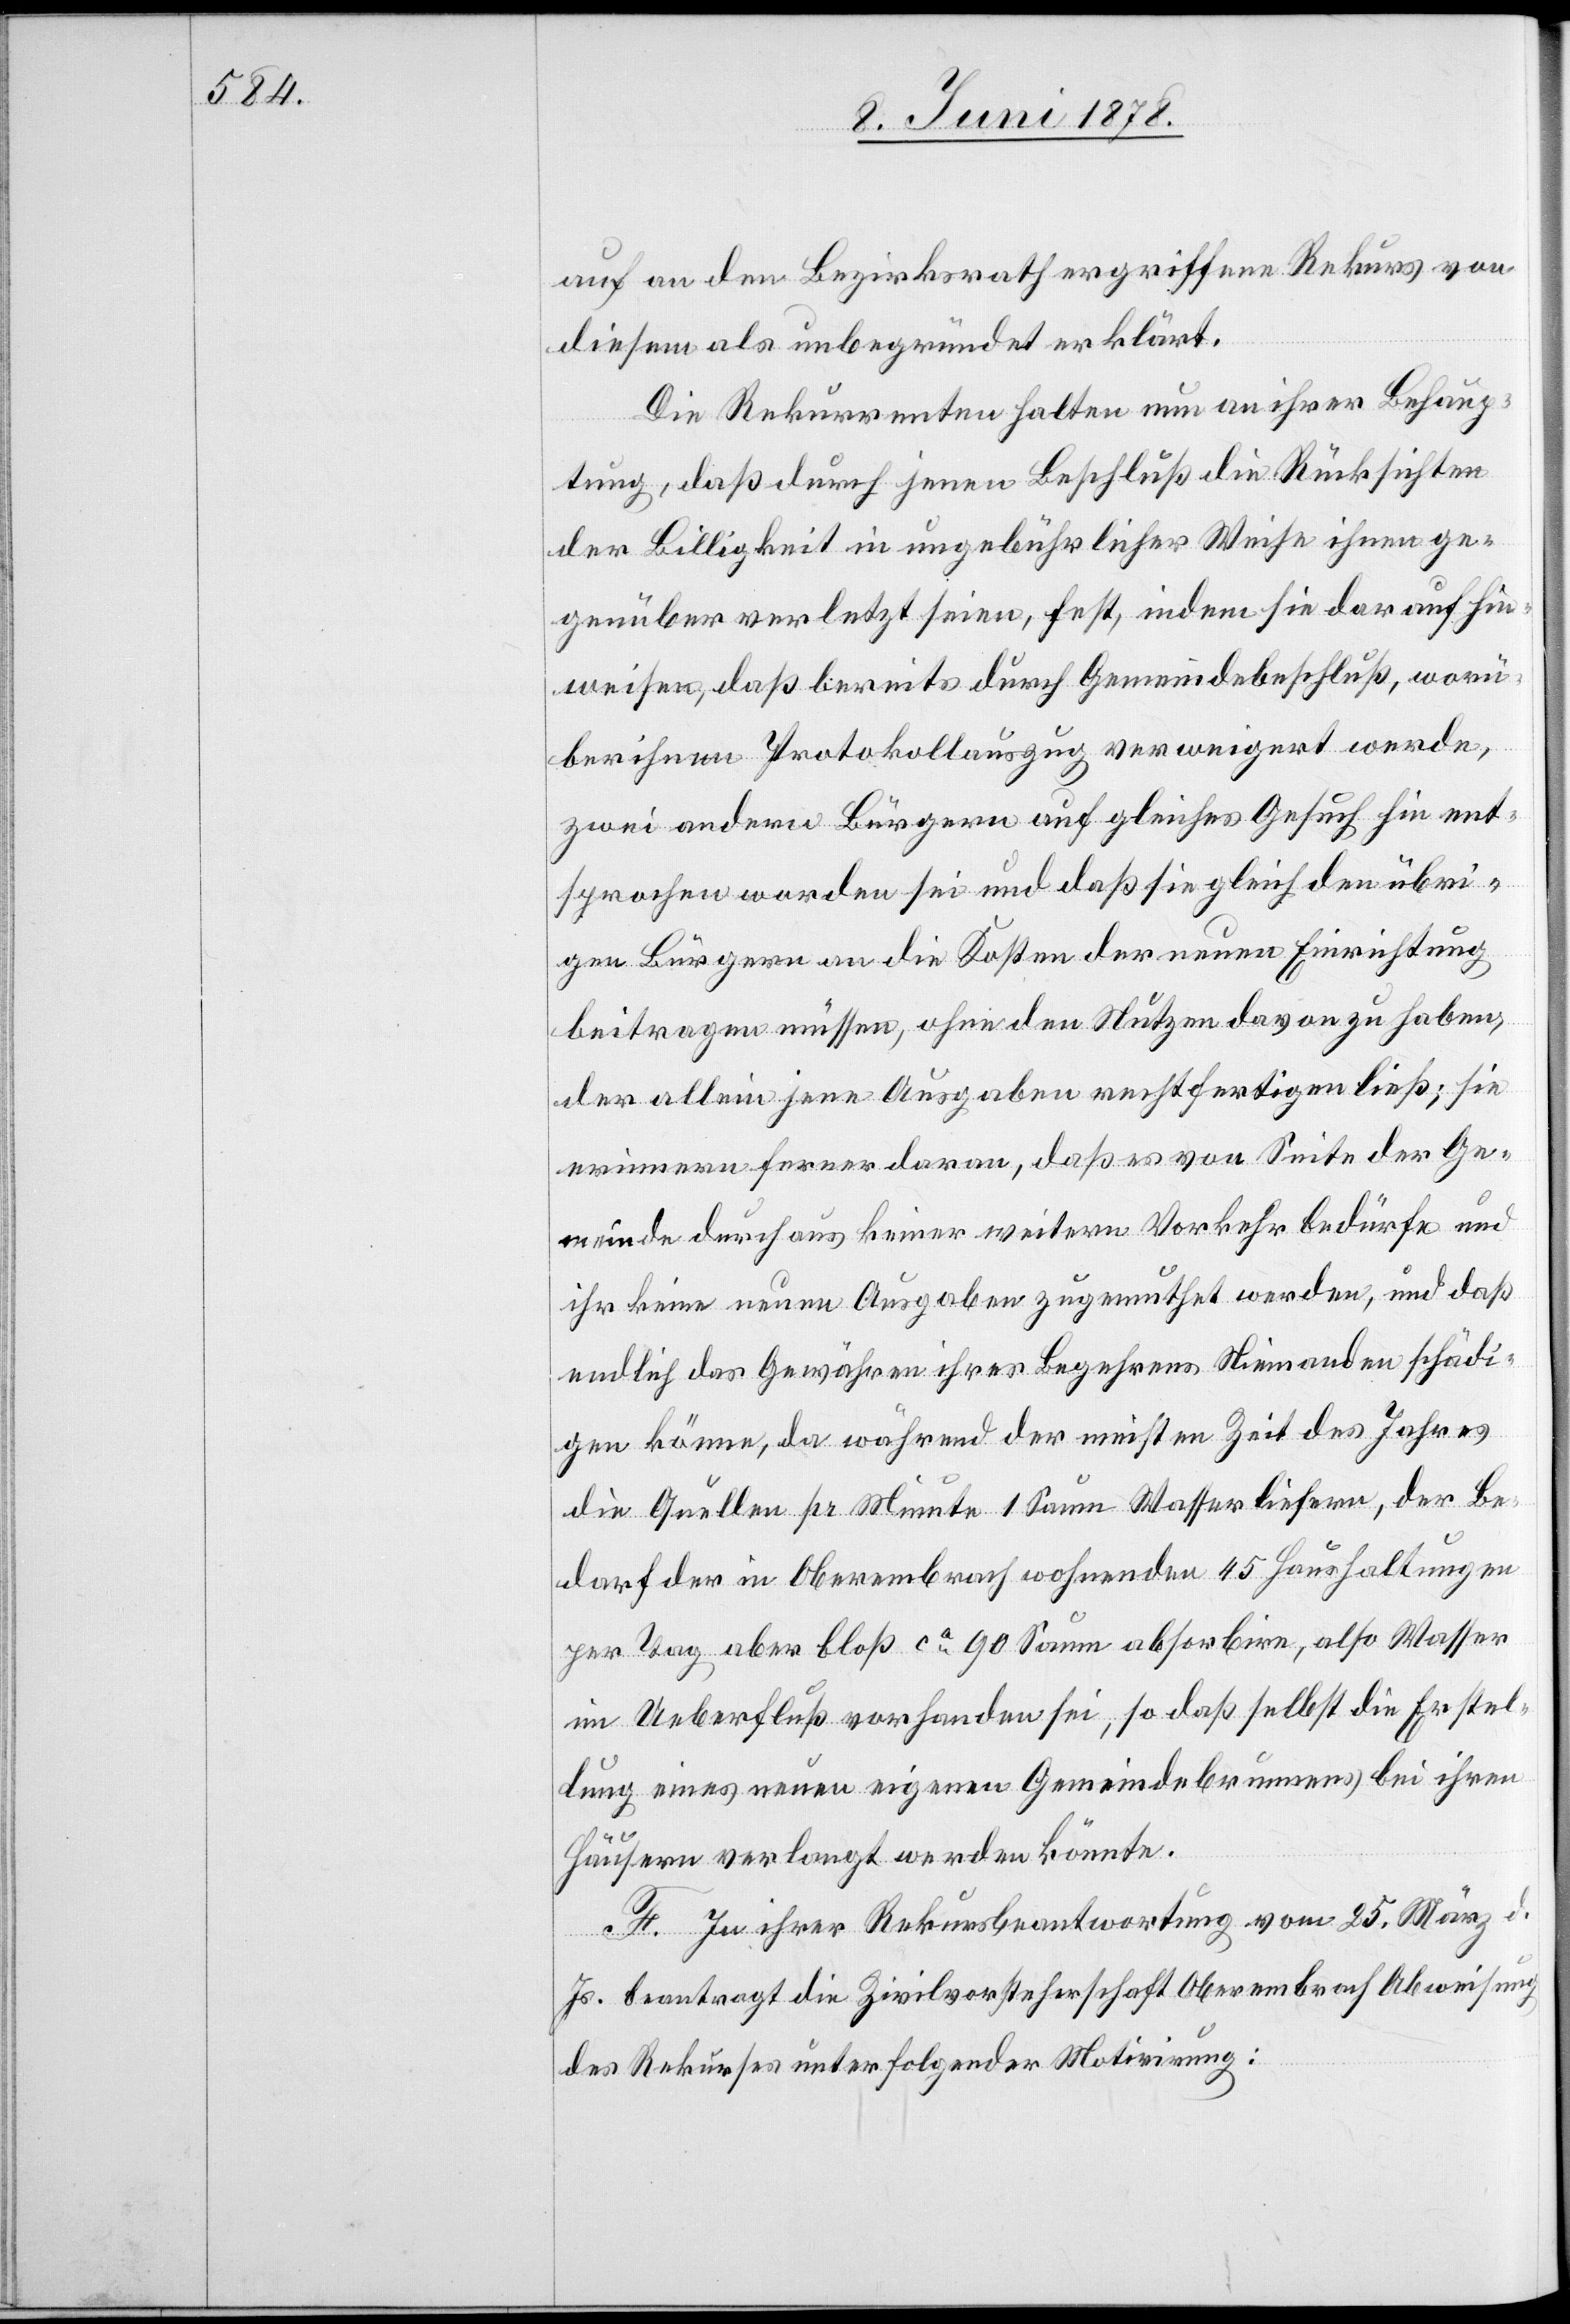
auf an den Bezirksrath ergriffene Rekurs von
diesem als unbegründet erklärt.
Die Rekurrenten halten nun an ihrer Behaup¬
tung, daß durch jenen Beschluß die Rücksichten
der Billigkeit in ungebührlicher Weise ihnen ge¬
genüber verletzt seien, fest, indem sie darauf hin¬
weisen, daß bereits durch Gemeindebeschluß, worü¬
ber ihnen Protokollauszug verweigert werde,
zwei andern Bürgern auf gleiches Gesuch hin ent¬
sprochen worden sei und daß sie gleich den übri¬
gen Bürgern an die Kosten der neuen Einrichtung
beitragen müssen, ohne den Nutzen davon zu haben,
der allein jene Ausgaben rechtfertigen ließ, sie
erinnern daran, daß es von Seite der Ge¬
meinde durchaus keiner weitern Vorkehr bedürfe und
ihr keine neuen Ausgaben zugemuthet werden, und daß
endlich das Gewähren ihres Begehrens Niemanden schädi¬
gen könne, da während der meisten Zeit des Jahres
die Quellen pr Minute 1 Saum Wasser liefern, der Be¬
darf der in Oberembrach wohnenden 45 Haushaltungen
per Tag aber bloß ca 90 Saum absorbire, also Wasser
im Ueberfluß vorhanden sei, so daß selbst die Erstel¬
lung eines neuen eigenen Gemeindebrunnens bei ihren
Häusern verlangt werden könnte.
F. In ihrer Rekursbeantwortung vom 25. März d.
Js. beantragt die Zivilvorsteherschaft Oberembrach Abweisung
des Rekurses unter folgender Motivirung: